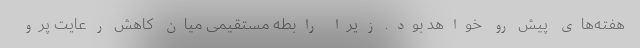
هفته‌های پیش رو خواهد بود. زیرا رابطه مستقیمی میان کاهش رعایت پرو